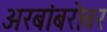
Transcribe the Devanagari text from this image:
अरबांबरोबर